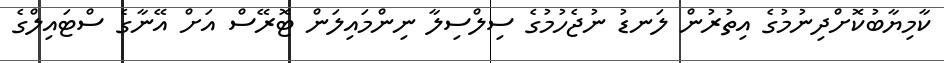
ކާމިޔާބުކޮށްދިނުމުގެ އިތުރުން ލަނޑު ނުޖެހުމުގެ ސިލްސިލާ ނިންމައިލަން ޓޮރޭސް އަށް އޭނާގެ ސްޓައިލްގެ